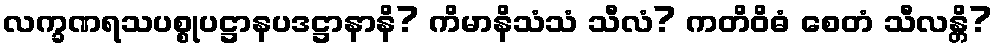
လက္ခဏရသပစ္စုပဋ္ဌာနပဒဋ္ဌာနာနိ? ကိမာနိသံသံ သီလံ? ကတိဝိဓံ စေတံ သီလန္တိ?